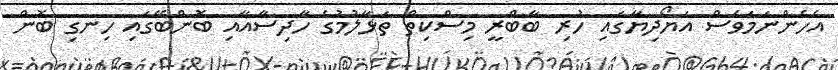
އެހެންނަމަވެސް އަޔޯދިޔާގައި ހުރި ބާބްރީ މިސްކިތް ތަޅާލުމުގެ ހާދިސާއާއި ބޮންބޭގައި ހިނގި ބޮން